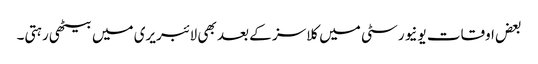
بعض اوقات یونیورسٹی میں کلاسز کے بعد بھی لائبریری میں بیٹھی رہتی۔